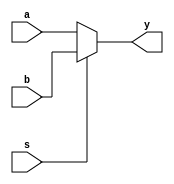
module mux2_2(a, b, s, y); //
input a, b, s; // 
output y; // 
/* s0a
s1b*/
assign y = (s == 0) ? a : b; //
endmodule